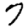
Digit: 7